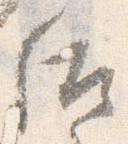
后